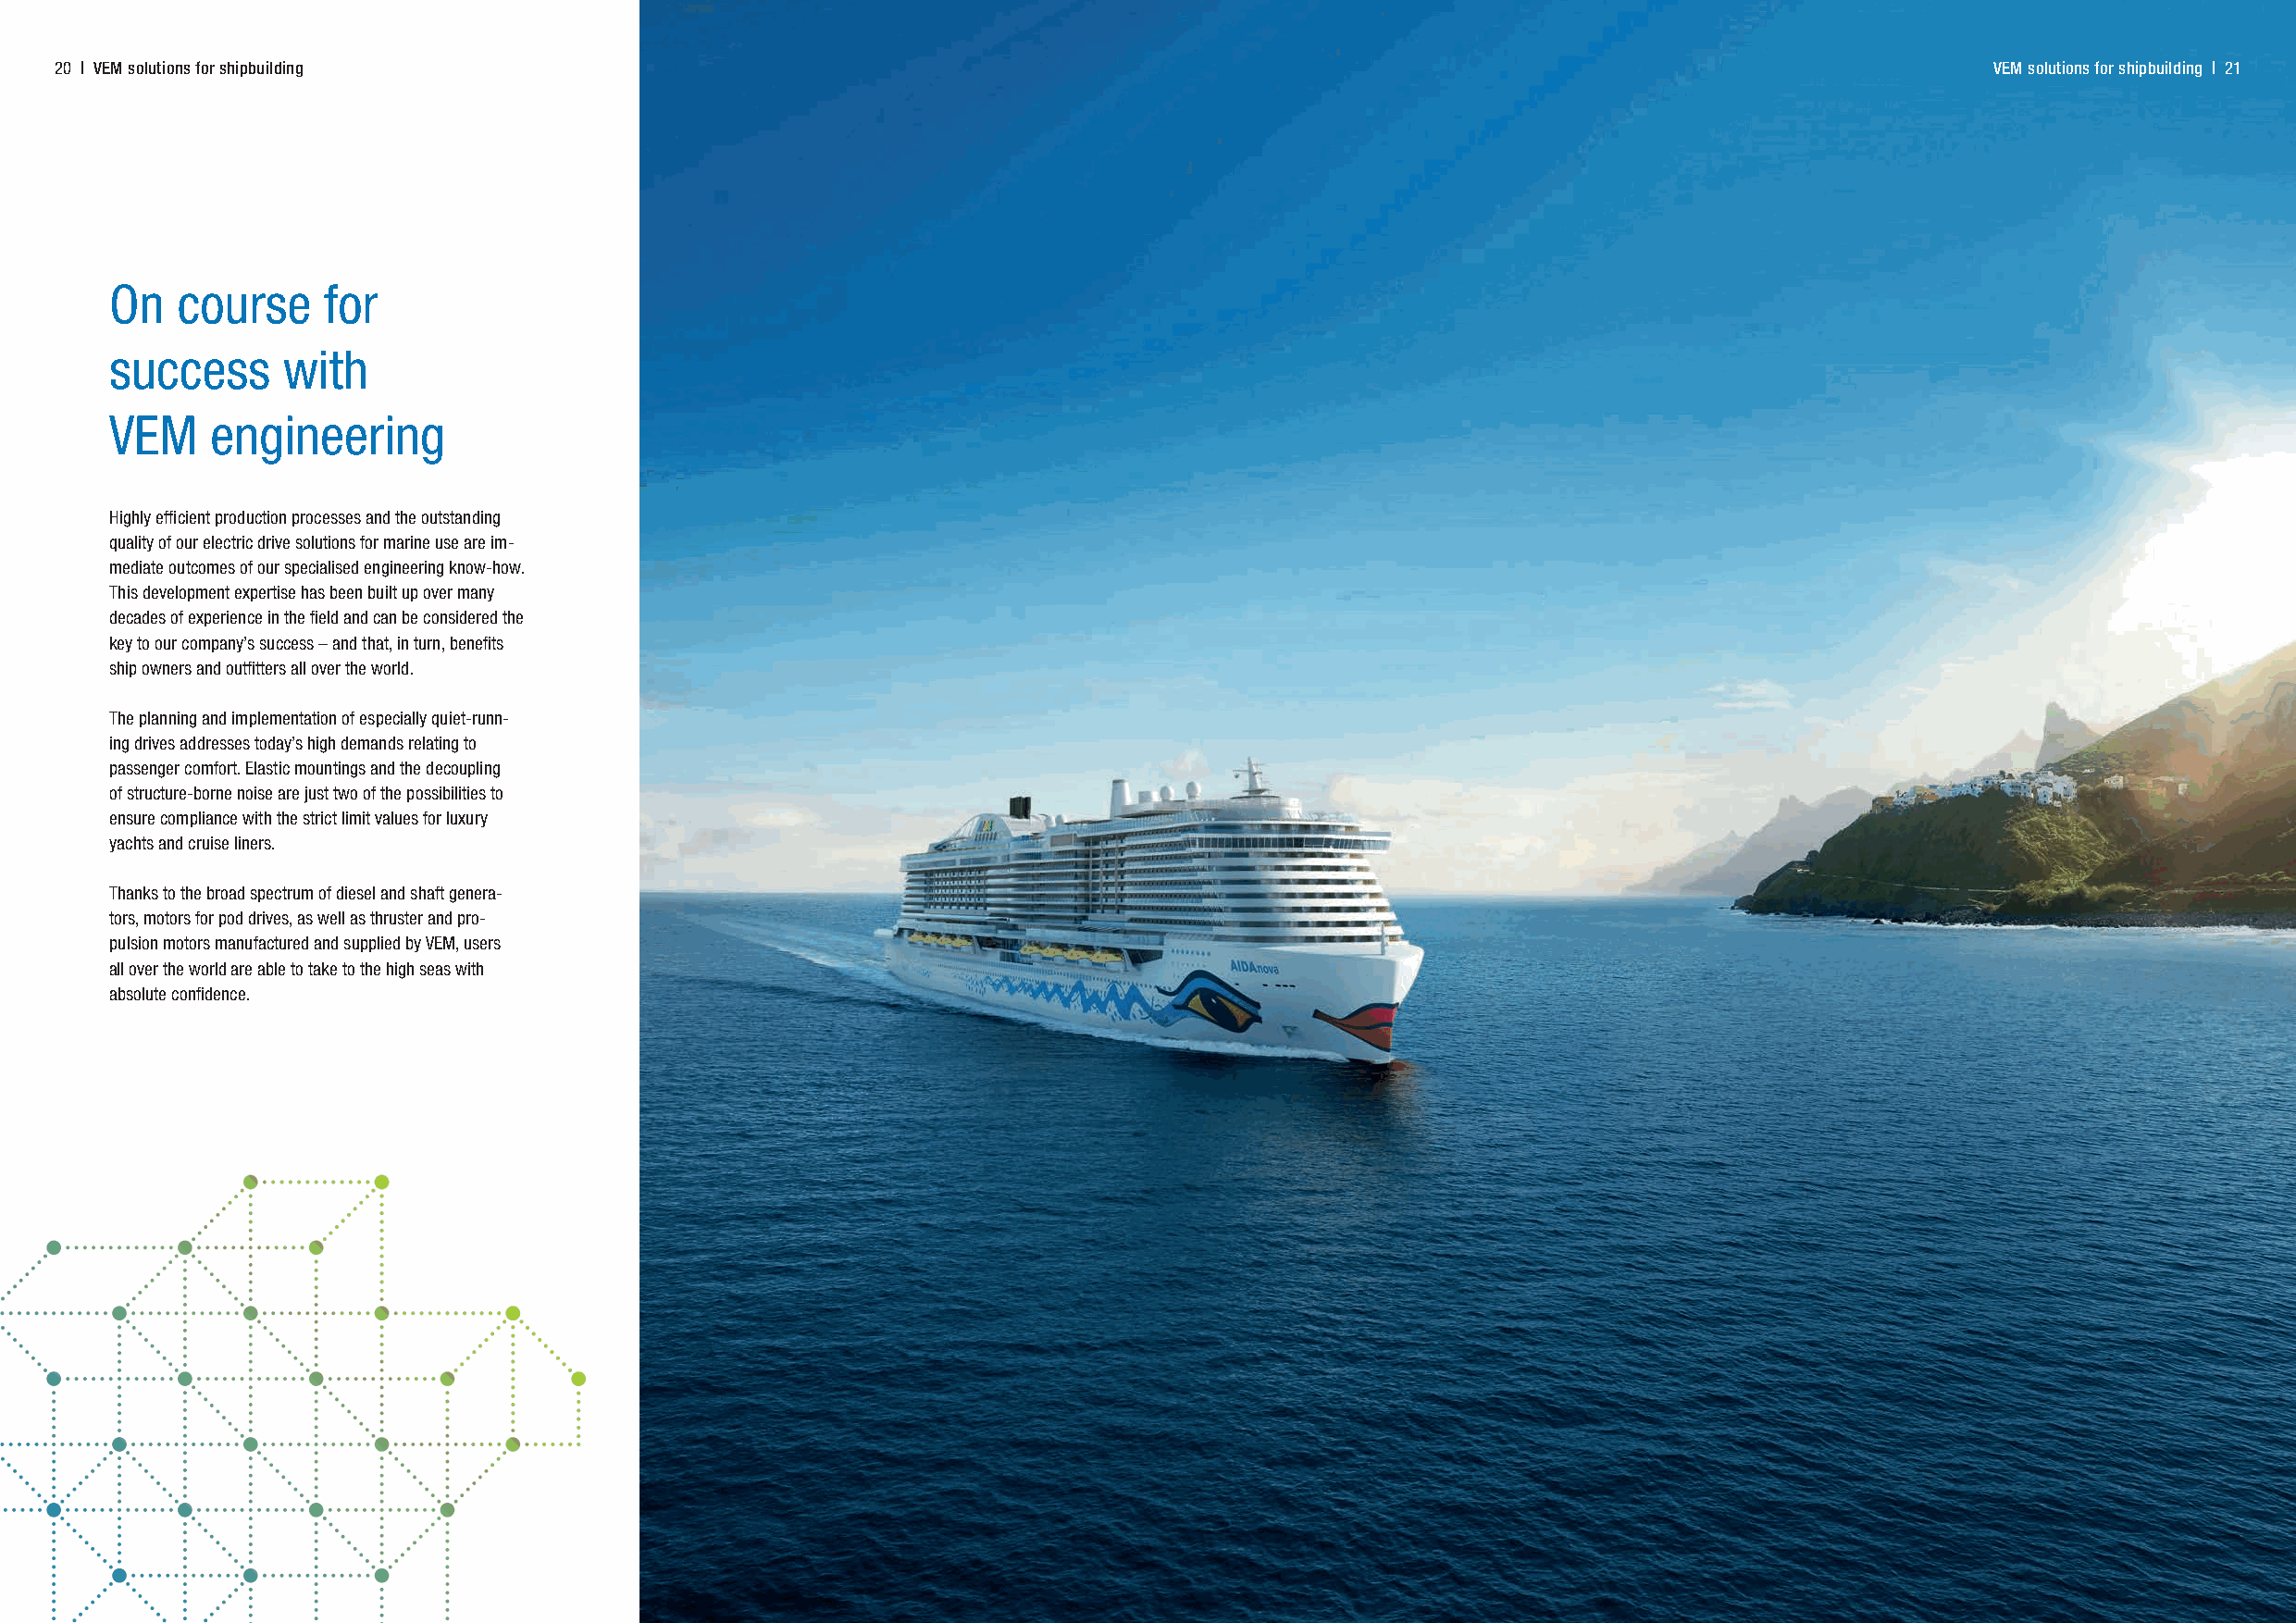
20 | VEM solutions for shipbuilding                                                                                                        VEM solutions for shipbuilding | 21
 On   course    for
 success     with
 VEM    engineering
 Highly efficient production processes and the outstanding
 quality of our electric drive solutions for marine use are im-
 mediate outcomes of our specialised engineering know-how.
 This development expertise has been built up over many
 decades of experience in the field and can be considered the
 key to our company’s success – and that, in turn, benefits
 ship owners and outfitters all over the world.
 The planning and implementation of especially quiet-runn-
 ing drives addresses today’s high demands relating to
 passenger comfort. Elastic mountings and the decoupling
 of structure-borne noise are just two of the possibilities to
 ensure compliance with the strict limit values for luxury
 yachts and cruise liners.
 Thanks to the broad spectrum of diesel and shaft genera-
 tors, motors for pod drives, as well as thruster and pro-
 pulsion motors manufactured and supplied by VEM, users
 all over the world are able to take to the high seas with
 absolute confidence.